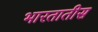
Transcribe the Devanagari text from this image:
भारतातीस